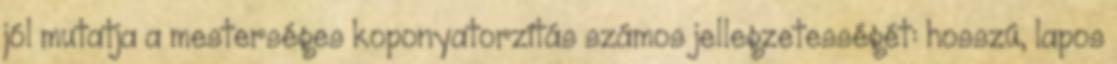
jól mutatja a mesterséges koponyatorzítás számos jellegzetességét: hosszú, lapos